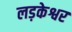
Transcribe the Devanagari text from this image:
लड़केश्वर